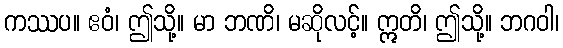
ကဿပ။ ဧဝံ၊ ဤသို့။ မာ ဘဏိ၊ မဆိုလင့်။ ဣတိ၊ ဤသို့။ ဘဂဝါ၊